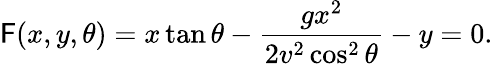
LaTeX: \mathsf{F}(x,y,\theta)=x\tan\theta-{\frac{{gx^{2}}}{{2v^{2}\cos^{2}\theta}}}-y=0.